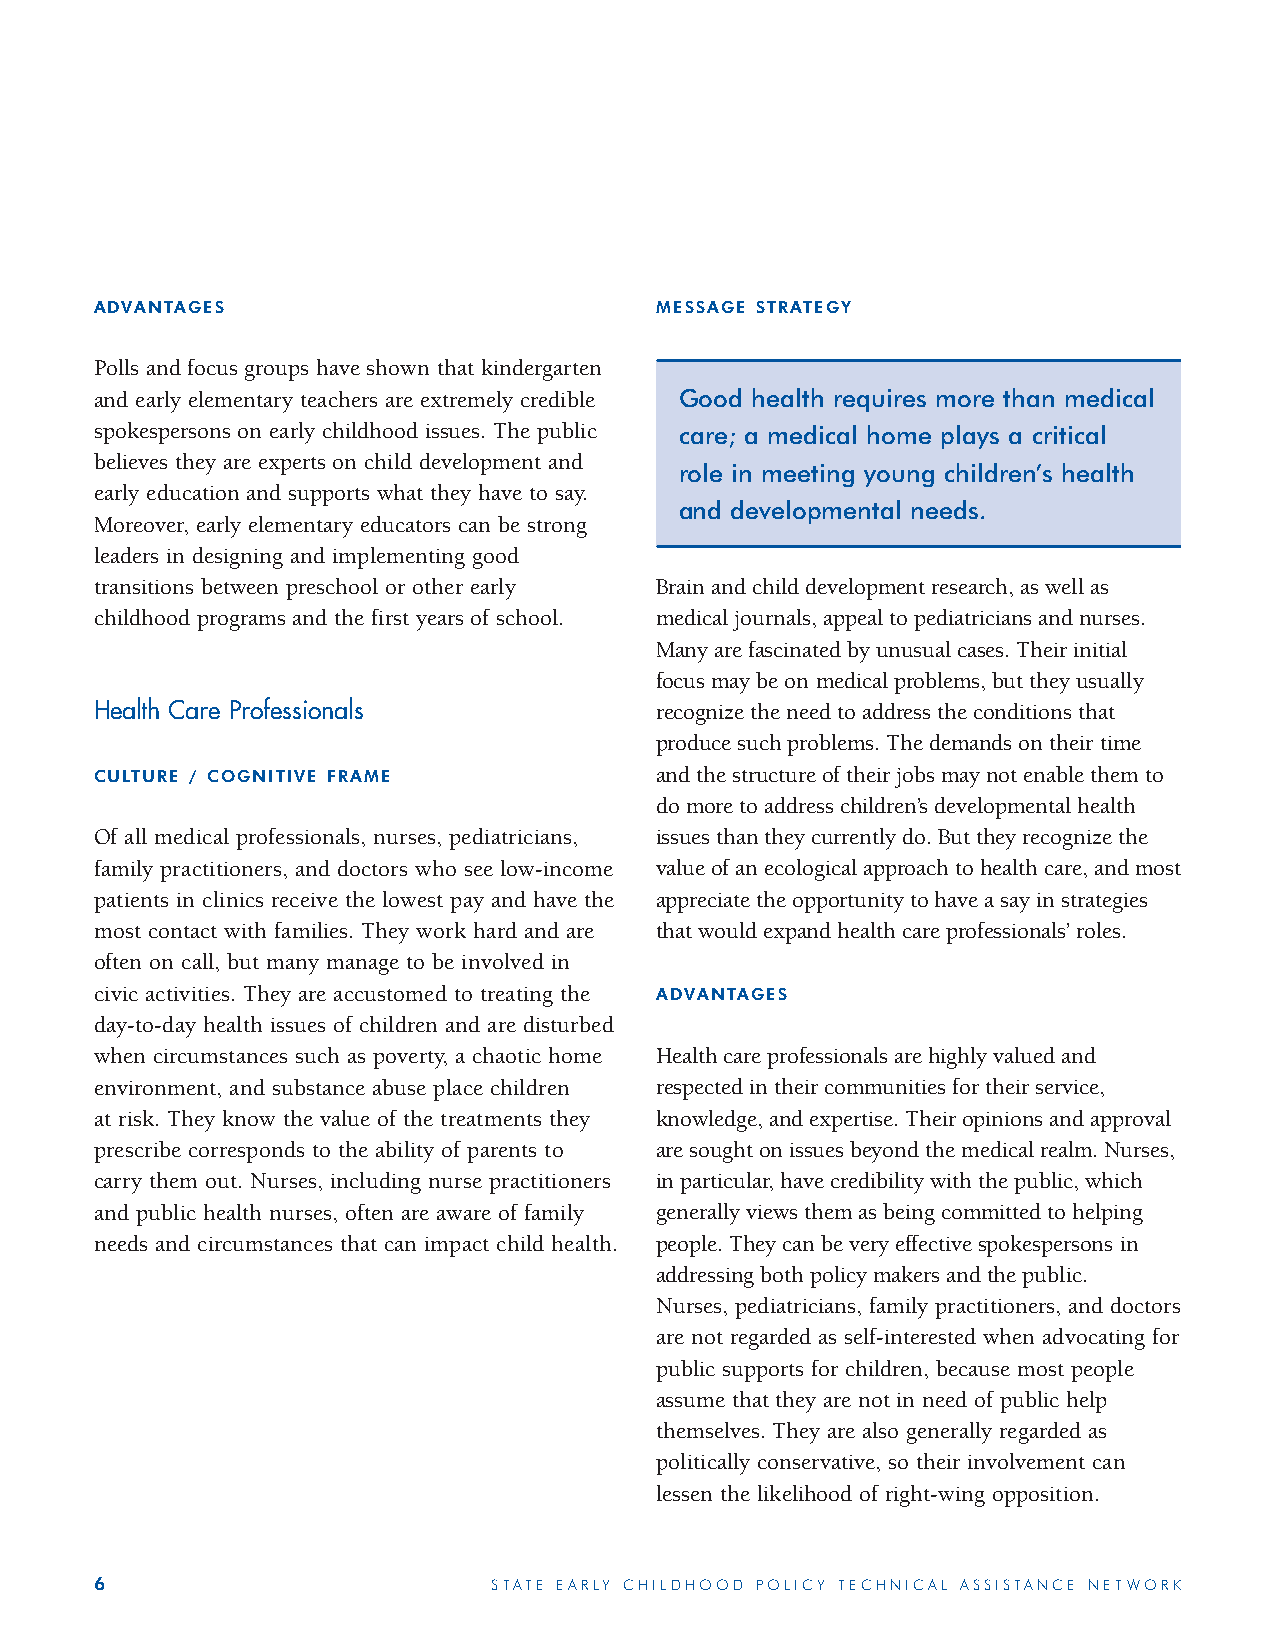
ADVANTAGES                           MESSAGE STRATEGY
 Polls and focus groups have shown that kindergarten
 and early elementary teachers are extremely credible Good health requires more than medical
 spokespersons on early childhood issues. The public care; a medical home plays a critical
 believes they are experts on child development and
 role in meeting young children’s health
 early education and supports what they have to say.
 and developmental needs.
 Moreover, early elementary educators can be strong
 leaders in designing and implementing good
 transitions between preschool or other early Brain and child development research, as well as
 childhood programs and the first years of school. medical journals, appeal to pediatricians and nurses.
 Many are fascinated by unusual cases. Their initial
 focus may be on medical problems, but they usually
 Health Care Professionals            recognize the need to address the conditions that
 produce such problems. The demands on their time
 CULTURE / COGNITIVE FRAME            and the structure of their jobs may not enable them to
 do more to address children’s developmental health
 Of all medical professionals, nurses, pediatricians, issues than they currently do. But they recognize the
 family practitioners, and doctors who see low-income value of an ecological approach to health care, and most
 patients in clinics receive the lowest pay and have the appreciate the opportunity to have a say in strategies
 most contact with families. They work hard and are that would expand health care professionals’ roles.
 often on call, but many manage to be involved in
 civic activities. They are accustomed to treating the ADVANTAGES
 day-to-day health issues of children and are disturbed
 when circumstances such as poverty, a chaotic home Health care professionals are highly valued and
 environment, and substance abuse place children respected in their communities for their service,
 at risk. They know the value of the treatments they knowledge, and expertise. Their opinions and approval
 prescribe corresponds to the ability of parents to are sought on issues beyond the medical realm. Nurses,
 carry them out. Nurses, including nurse practitioners in particular, have credibility with the public, which
 and public health nurses, often are aware of family generally views them as being committed to helping
 needs and circumstances that can impact child health. people. They can be very effective spokespersons in
 addressing both policy makers and the public.
 Nurses, pediatricians, family practitioners, and doctors
 are not regarded as self-interested when advocating for
 public supports for children, because most people
 assume that they are not in need of public help
 themselves. They are also generally regarded as
 politically conservative, so their involvement can
 lessen the likelihood of right-wing opposition.
 6                          STATE EARLY CHILDHOOD POLICY TECHNICAL ASSISTANCE NETWORK